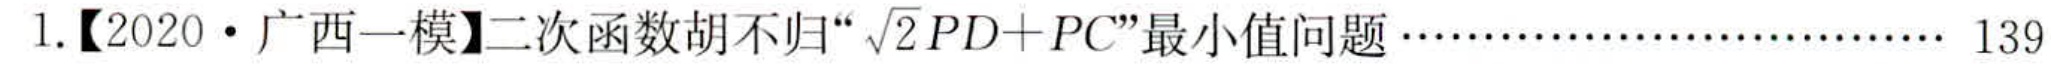
1.【2020·广西一模】二次函数胡不归“\(\sqrt{2}PD + PC\)”最小值问题………………………… 139